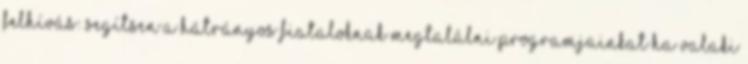
Felhívás: Segítsen a hátrányos fiataloknak megtalálni programjainkat Ha valaki